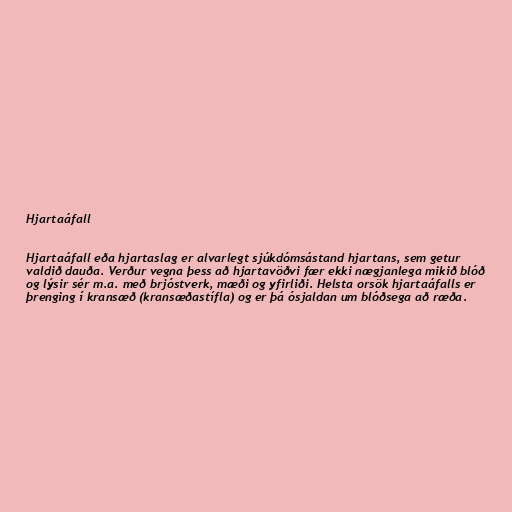
Hjartaáfall

Hjartaáfall eða hjartaslag er alvarlegt sjúkdómsástand hjartans, sem getur
valdið dauða. Verður vegna þess að hjartavöðvi fær ekki nægjanlega mikið blóð
og lýsir sér m.a. með brjóstverk, mæði og yfirliði. Helsta orsök hjartaáfalls er
þrenging í kransæð (kransæðastífla) og er þá ósjaldan um blóðsega að ræða.